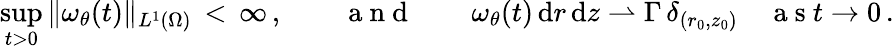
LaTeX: \operatorname*{sup}_{t>0}\| \omega_{\theta}(t)\| _{L^{1}(\Omega)}\, <\, \infty\, ,\qquad\mathrm{~a~n~d~}\qquad\omega_{\theta}(t)\, \mathrm{d}r\, \mathrm{d}z\rightharpoonup\Gamma\, \delta_{(r_{0},z_{0})}\quad\mathrm{~a~s~}t\to 0\, .